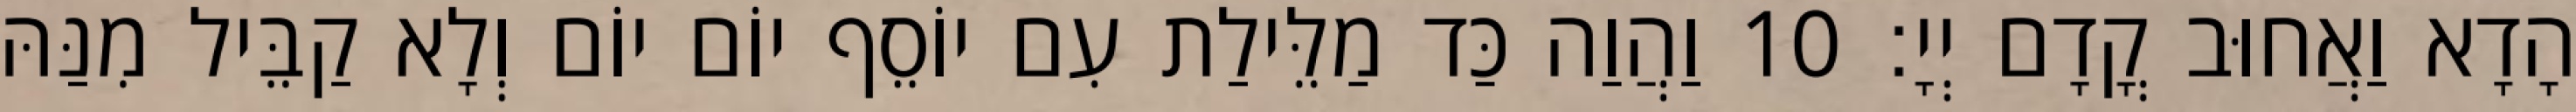
הָדָא וַאֲחוּב קֳדָם יְיָ׃ 10 וַהֲוַה כַּד מַלֵּילַת עִם יוֹסֵף יוֹם יוֹם וְלָא קַבֵּיל מִנַּהּ